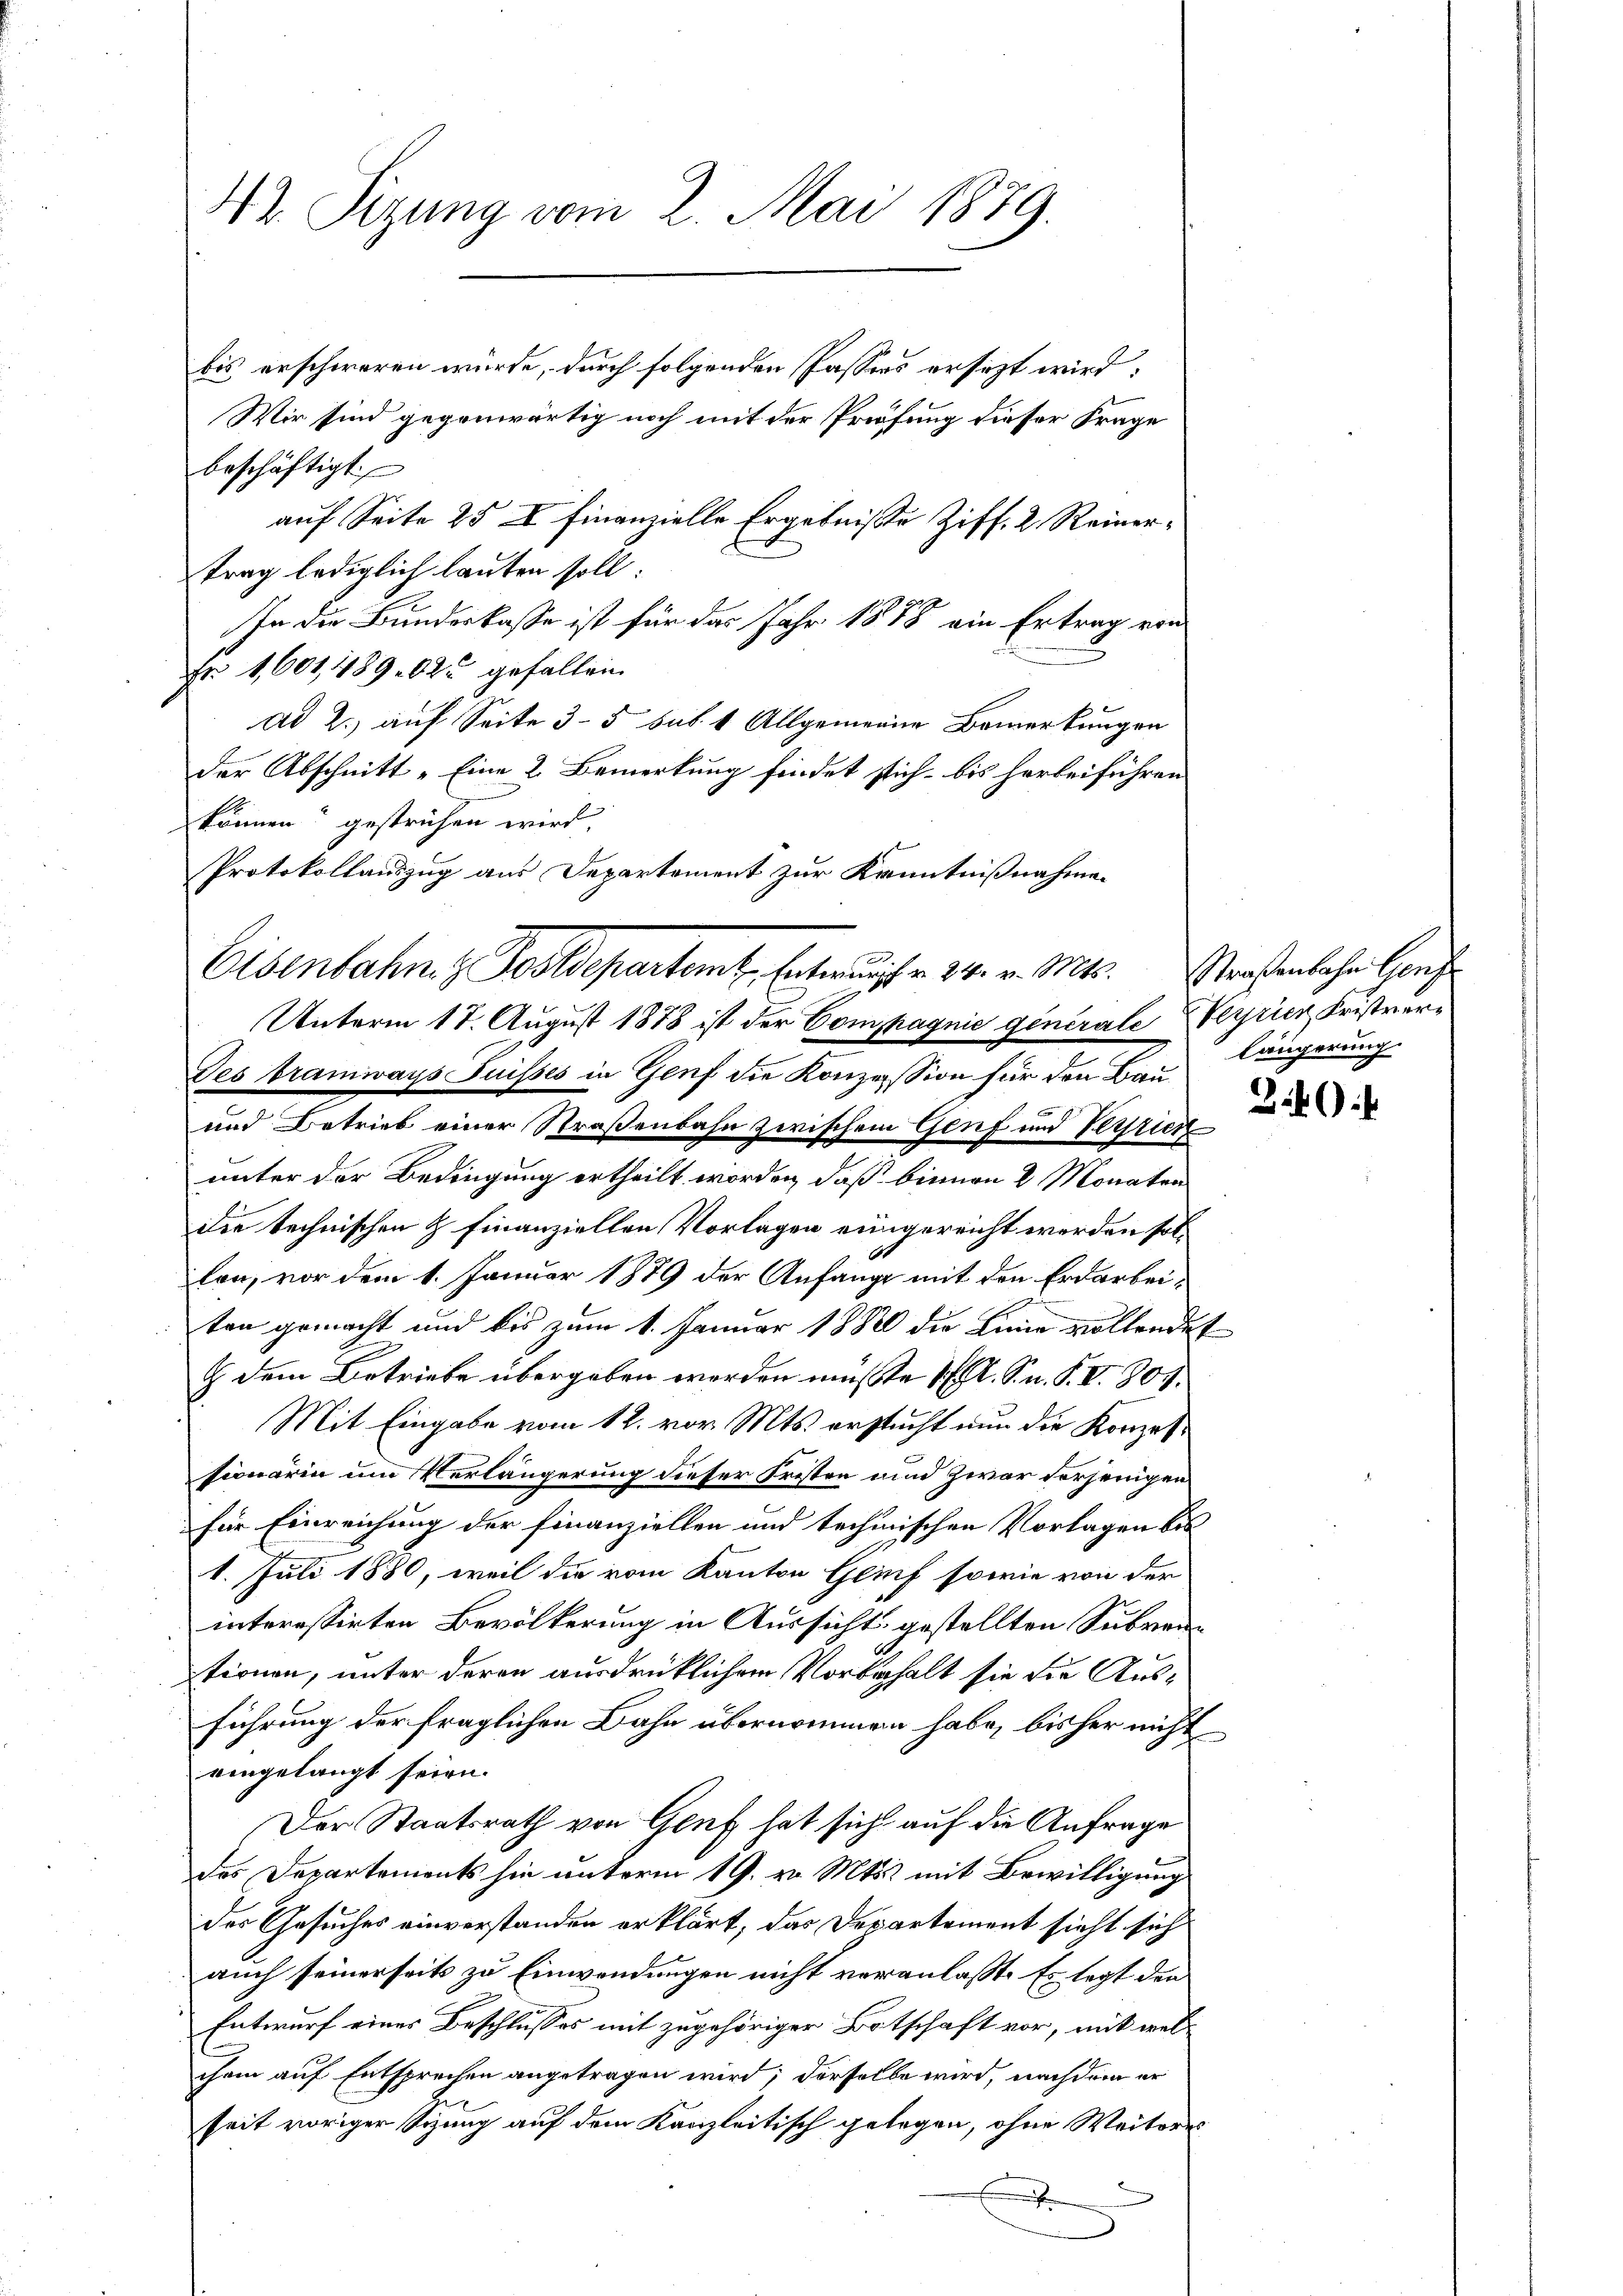
42. Sizung vom 2. Mai 1889.

bis erschweren würde, durch folgenden Passens ersezt wird:
Wir sind gegenwärtig noch mit der Prüfung dieser Frage
beschäftigt.
auf Seite 25 X finanzielle Ergebnisse Ziff. 2. Reinertrag lediglich lauten soll.
In die Bundeskasse ist für das Jahr 1888 ein Ertrag von
Nr. 1,601,489. 625 gefallen
ad 2.) auf Seite 3-5 sub 1 Allgemeine Bemerkungen
der Abschnitt „Eine 2. Bemerkung findet sich bis herbeiführen
können“ gestrichen wird.
Protokollauszug aus Departement zur Kenntnißnahme
Eisenbahn z. Postdepartamt Entwurf v. 24. v. Mts. Straßenbahr Genf
Unterm 17. August 1878 ist der Compagnie generale Wertier, Fristver¬
Jes bramways Suisses in Genf die Konzession für den Bau
und Betrieb einer Straßenbahn zwischem Genf und Verrier
unter der Bedingung ertheilt worden, daß binnen 2 Monaten
die technischen & finanziellen Vorlagen eingereicht werden sollen, vor dem 1. Januar 1889 der Anfange mit den Erdarbeiten gemacht und bis zum 1. Januar 1882 die Linie vollendet
H. dem Betriebe übergeben worden müßte 1 l. S. n. F. VI. 807.
Mit Eingabe vom 12. vor. Mts. erstucht nun die Konzessionärin um Verlängerung dieser Fristen und zwar derjenigen
für Einreichung der finanziellen und technischen Vorlagen bis
1. Juli 1880, weil die vom Kanton Genf sowie von der
interessirten Bevölkerung in Aussicht gestellten Subventionen, unter deren ausdrücklichem Vorbehalt sie die Ausführung der fraglichen Bahn übernommen habe, bisher nicht
eingelangt seien.
Der Staatsrath von Genf hat sich auf die Anfrage
des Departements hin unterm 19. v. Mts. mit Bewilligung
der Gesuches einverstanden erklärt, das Departement sieht sich
auch seinerseits zu Einwendungen nicht veranlasst. Es legt den
Entwurf eines Beschlusses mit zugehöriger Botschaft vor, mit welchem auf Entsprechen angetragen wird; derselbe wird, nachdem er
seit voriger sizung auf dem Kanzleitisch gelegen, ohne Weiteres
x

Längerung
39